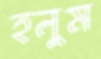
হলুম